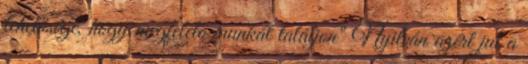
lehetősége, hogy megfelelő munkát találjon" Nyilván azért jut a